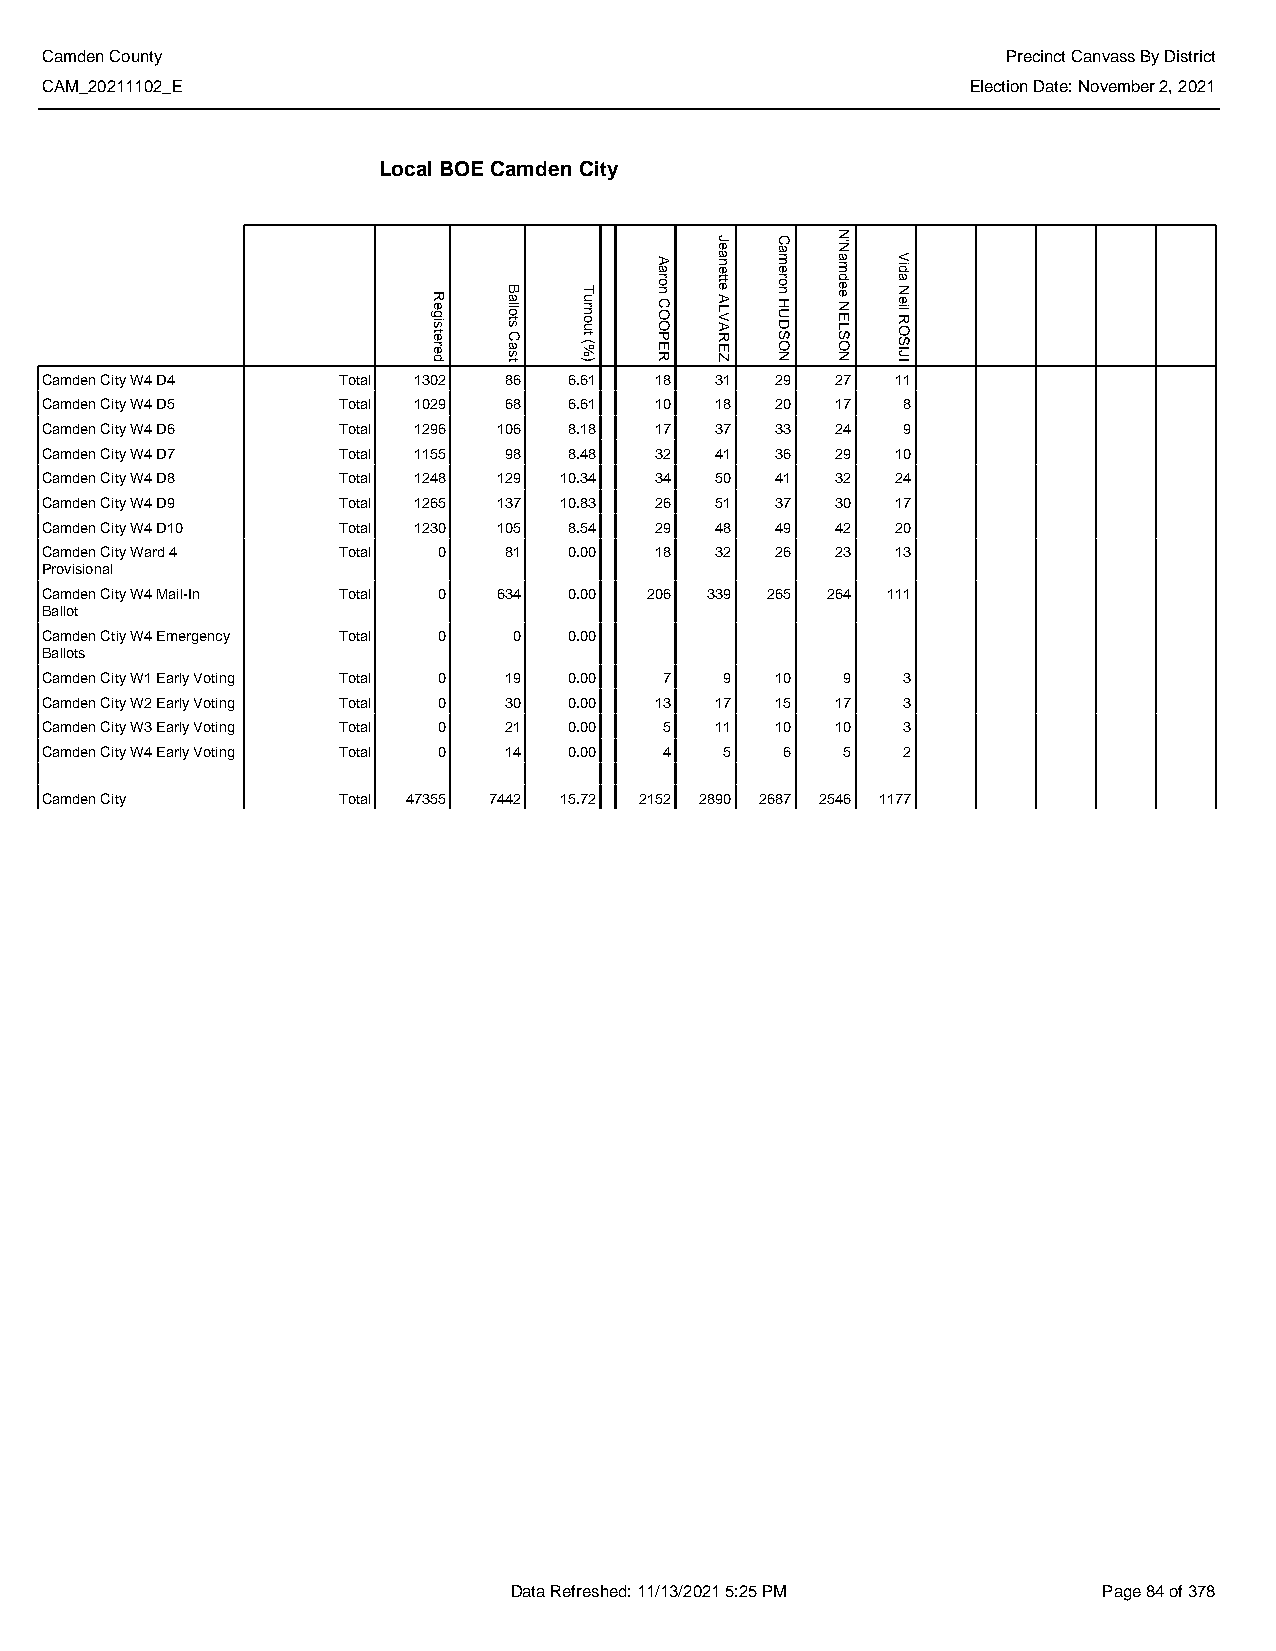
Camden County                                                   Precinct Canvass By District
 CAM_20211102_E                                               Election Date: November 2, 2021
 Local BOE Camden City
 Camden City W4 D4  Total 1302 86   6.61 18  31  29  27  11
 Camden City W4 D5  Total 1029 68   6.61 10  18  20  17   8
 Camden City W4 D6  Total 1296 106  8.18 17  37  33  24   9
 Camden City W4 D7  Total 1155 98   8.48 32  41  36  29  10
 Camden City W4 D8  Total 1248 129 10.34 34  50  41  32  24
 Camden City W4 D9  Total 1265 137 10.83 26  51  37  30  17
 Camden City W4 D10 Total 1230 105  8.54 29  48  49  42  20
 Camden City Ward 4 Total  0   81   0.00 18  32  26  23  13
 Provisional
 Camden City W4 Mail-In Total 0 634 0.00 206 339 265 264 111
 Ballot
 Camden Ctiy W4 Emergency Total 0 0 0.00
 Ballots
 Camden City W1 Early Voting Total 0 19 0.00 7 9 10   9   3
 Camden City W2 Early Voting Total 0 30 0.00 13 17 15 17  3
 Camden City W3 Early Voting Total 0 21 0.00 5 11 10 10   3
 Camden City W4 Early Voting Total 0 14 0.00 4 5  6   5   2
 Camden City        Total 47355 7442 15.72 2152 2890 2687 2546 1177
 Data Refreshed: 11/13/2021 5:25 PM     Page 84 of 378
 Registered Ballots
 Cast
 Turnout
 (%)
 Aaron
 COOPER
 Jeanette
 ALVAREZ
 Cameron
 HUDSON
 N'Namdee
 NELSON
 Vida
 Neil
 ROSIJI